Report of the Indian Hemp Drugs Commission, 1894-1895 - Volume VI
Year: 1894
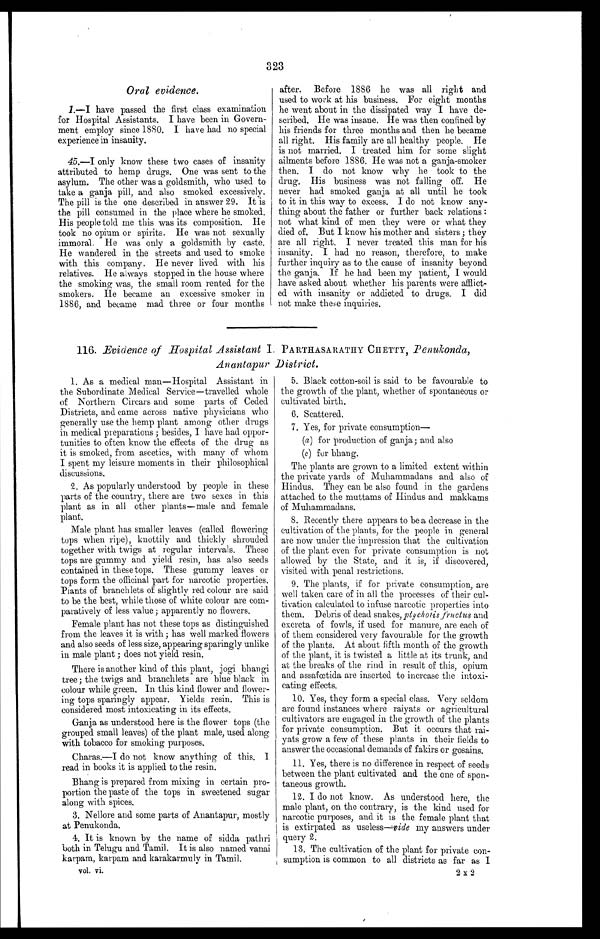
323
Oral evidence.
1.—I have passed the first class examination
for Hospital Assistants. I have been in Govern
- m e n t e m p l o y s i n c e 1 8 8 0 . I h a v e h a d n o s p e c i a l
experience in insanity.
45.—I only know these two cases of insanity
attributed to hemp drugs. One was sent to the
asylum. The other was a goldsmith, who used to
take a ganja pill, and also smoked excessively.
The pill is the one described in answer 29. It is
the pill consumed in the place where he smoked.
His people told me this was its composition. He
took no opium or spirits. He was not sexually
immoral. He was only a goldsmith by caste.
He wandered in the streets and used to smoke
with this company. He never lived with his
relatives. He always stopped in the house where
the smoking was, the small room rented for the
smokers. He became an excessive smoker in
1886, and became mad three or four months
after. Before 1886 he was all right and
used to work at his business. For eight months
he went about in the dissipated way I have de
- s c r i b e d . H e w a s i n s a n e . H e w a s t h e n c o n f i n e d b y
his friends for three months and then he became
all right. His family are all healthy people. He
is not married. I treated him for some slight
ailments before 1886. He was not a ganja-smoker
then. I do not know why lie took to the
d r u g . H i s b u s i n e s s w a s n o t f a l l i n g o f f . H e
never had smoked ganja at all until he took
to it in this way to excess. I do not know any
- t h i n g a b o u t t h e f a t h e r o r f u r t h e r b a c k r e l a t i o n s :
not what kind of men they were or what they
died of. But I know his mother and sisters; they
are all right. I never treated this man for his
insanity. I had no reason, therefore, to make
further inquiry as to the cause of insanity beyond
the ganja. If he had been my patient, I would
have asked about whether his parents were afflict
- e d w i t h i n s a n i t y o r a d d i c t e d t o d r u g s . I d i d
not make these inquiries.
116. Evidence of Hospital Assistant I. PARTHASARATHY CHETTY, P enukonda,
Anantapur District.
1. As a medical man—Hospital Assistant in
the Subordinate Medical Service—travelled whole
of Northern Circars and some parts of Ceded
Districts, and came across native physicians who
generally use the hemp plant among other drugs
in medical preparations; besides, I have had oppor
-tunities to often know the effects of the drug as
it is smoked, from ascetics, with many of whom
I spent my leisure moments in their philosophical
discussions.
2. As popularly understood by people in these
parts of the country, there are two sexes in this
plant as in all other plants—male and female
plant.
Male plant has smaller leaves (called flowering
tops when ripe), knottily and thickly shrouded
together with twigs at regular intervals. These
tops are gummy and yield resin, has also seeds
contained in these tops. These gummy leaves or
tops form the officinal part for narcotic properties.
Plants of branchlets of slightly red colour are said
to be the best, while those of white colour are com
-paratively of less value; apparently no flowers.
Female plant has not these tops as distinguished
from the leaves it is with; has well marked flowers
and also seeds of less size, appearing sparingly unlike
in male plant; does not yield resin.
There is another kind of this plant, jogi
b h a n g i t r e e ; t h e t w i g s a n d b r a n c h l e t s a r e b l u e b l a c k i n
colour while green. In this kind flower and flower
- i n g t o p s s p a r i n g l y a p p e a r . Y i e l d s r e s i n . T h i s i s
considered most intoxicating in its effects.
Ganja as understood here is the flower tops (the
grouped small leaves) of the plant male, used along
with tobacco for smoking purposes.
Charas.—I do not know anything of this. I
read in books it is applied to the resin.
Bhang is prepared from mixing in certain pro
-portion the paste of the tops in sweetened sugar
along with spices.
3. Nellore and some parts of Anantapur, mostly
at Penukonda.
4. It is known by the name of sidda pathri
both in Telugu and Tamil. It is also named vanai
karpam, karpam and karakarmuly in Tamil.
vol. vi.
5. Black cotton-soil is said to be favourable to
the growth of the plant, whether of spontaneous or
cultivated birth.
6. Scattered.
7. Yes, for private consumption—
(a ) for production of ganja; and also
(c) for Chang.
The plants are grown to a limited extent within
the private yards of Muhammadans and also of
Hindus. They can be also found in the gardens
attached to the muttams of Hindus and makkams
of Muhammadans.
8. Recently there appears to be a decrease in the
cultivation of the plants, for the people in general
are now under the impression that the cultivation
of the plant even for private consumption is not
allowed by the State, and it is, if discovered,
visited with penal restrictions.
9. The plants, if for private consumption, are
well taken care of in all the processes of their cul
- t i v a t i o n c a l c u l a t e d t o i n f u s e n a r c o t i c p r o p e r t i e s i n t o
them. Debris of dead snakes, ptycholis fructus and
excreta of fowls, if used for manure, are each of
of them considered very favourable for the growth
of the plants. At about fifth month of the growth
of the plant, it is twisted a little at its trunk, and
at the breaks of the rind in result of this, opium
and assafœtida are inserted to increase the intoxi
- c a t i n g e f f e c t s .
10. Yes, they form a special class. Very seldom
are found instances where raiyats or agricultural
cultivators are engaged in the growth of the plants
for private consumption. But it occurs that rai
- y a t s g r o w a f e w o f t h e s e p l a n t s i n t h e i r f i e l d s t o
answer the occasional demands of fakirs or gosains.
11. Yes, there is no difference in respect of seeds
between the plant cultivated and the one of spon
- t a n e o u s g r o w t h .
12. I do not know. As understood here, the
male plant, on the contrary, is the kind used for
narcotic purposes, and it is the female plant that
is extirpated as useless— vide my answers under
query 2.
13. The cultivation of the plant for private con
- s u m p t i o n i s c o m m o n t o a l l d i s t r i c t s a s f a r a s I
2 x 2